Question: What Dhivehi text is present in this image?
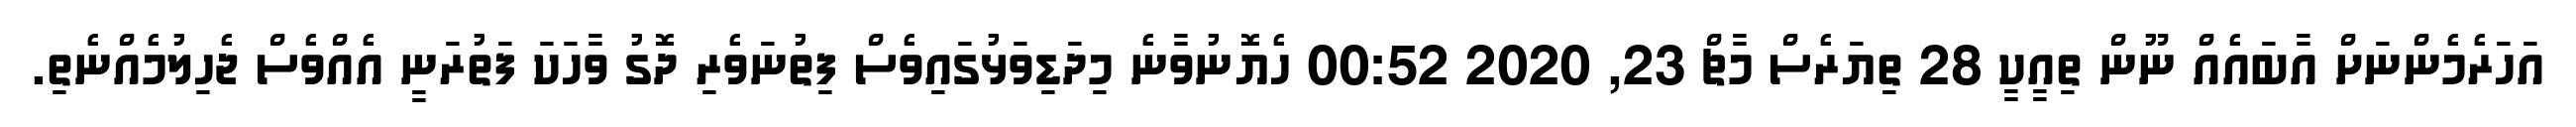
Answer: އަހަރެމެންނަށް އާބައެއް ނޫން ތިއީކީ 28 ތިޔަރެސް މާޗް 23, 2020 00:52 ހެޔޮނުވާނެ މިދަޑިވަޅުގައިވެސް ފިތުނަވެރި ދޮގު ވާހަކަ ފަތުރަނީ އެއްވެސް ޖެހިލުމެއްނެތި.